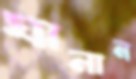
ঘানান